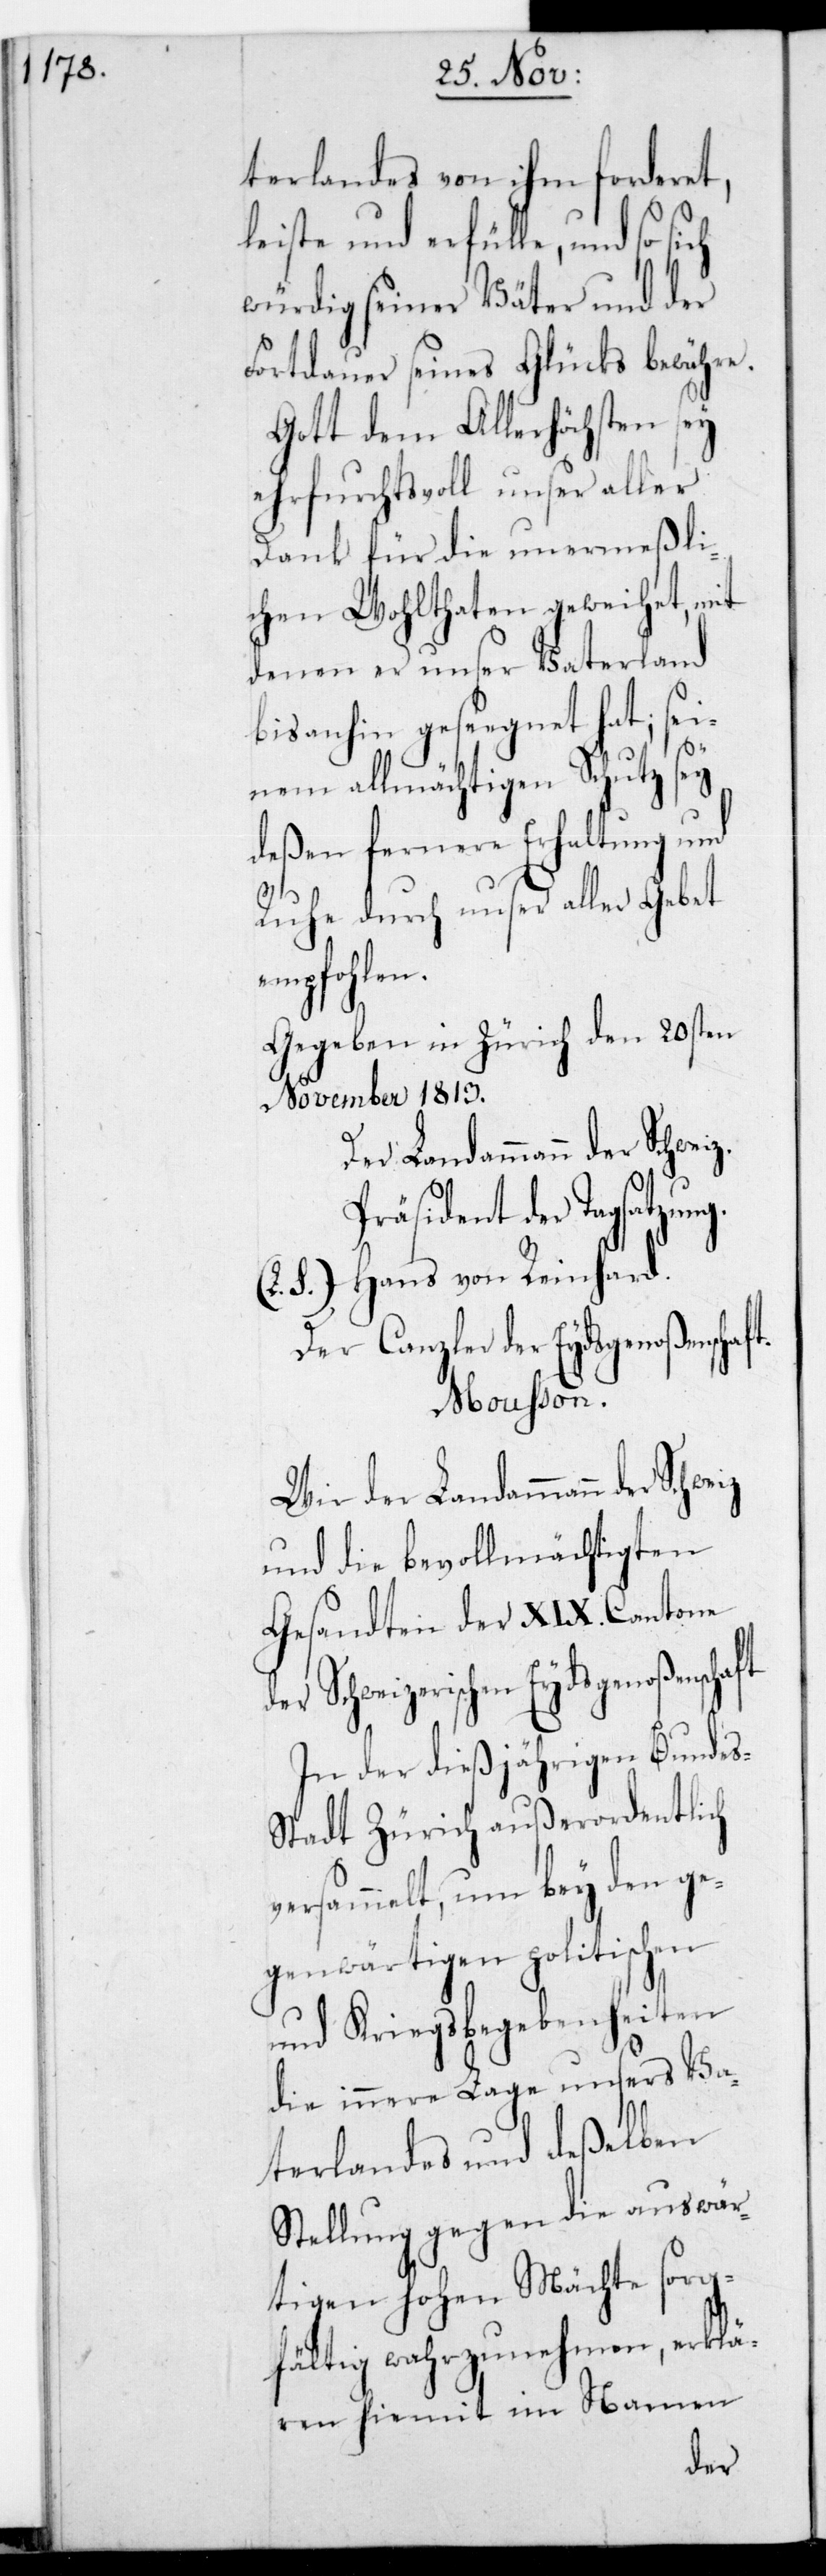
terlandes von ihm forderet,
leiste und erfülle, und so
würdig seiner Väter und der
Fortdauer seines Glücks bewähre.
Gott dem Allerhöchsten sey
ehrfurchtsvoll unser aller
Dank für die unermeßli¬
chen Wohltaten geweihet, mit
denen er unser Vaterland
bis anhin gesegnet hat; sei¬
nem allmächtigen Schutz sey
deßen fernere Erhaltung und
Ruhe durch unser aller Gebet
empfohlen.
Gegeben in Zürich den 20sten
November 1813.
Der Landammann der
Präsident der Tagsatzung.
S.) Hans von Reinhard.
Der Canzler der Eydsgenoßenschaf¬
Mousson.
Wir der Landammann der
und die bevollmächtigten
Gesandten der XIX. Cantone
der Schweizerischen
In der dießjährigen Bundes¬
stadt Zürich außerordentlich
versammelt, um bey den ge¬
genwärtigen politischen
und Kriegsbegebenheiten
die innere Lage unsers Va¬
terlandes und deßelben
Stellung gegen die auswär¬
tigen Hohen Mächte sorg¬
fältig wahrzunehmen, erklä¬
ren hiemit im Namen
t.